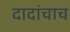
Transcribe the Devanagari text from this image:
दादांचाच